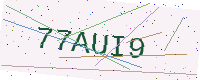
Text: 77AUI9